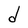
Character: d